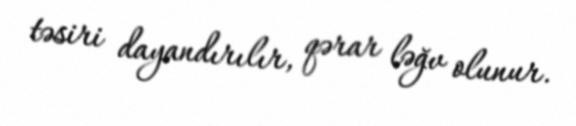
təsiri dayandırılır, qərar ləğv olunur.